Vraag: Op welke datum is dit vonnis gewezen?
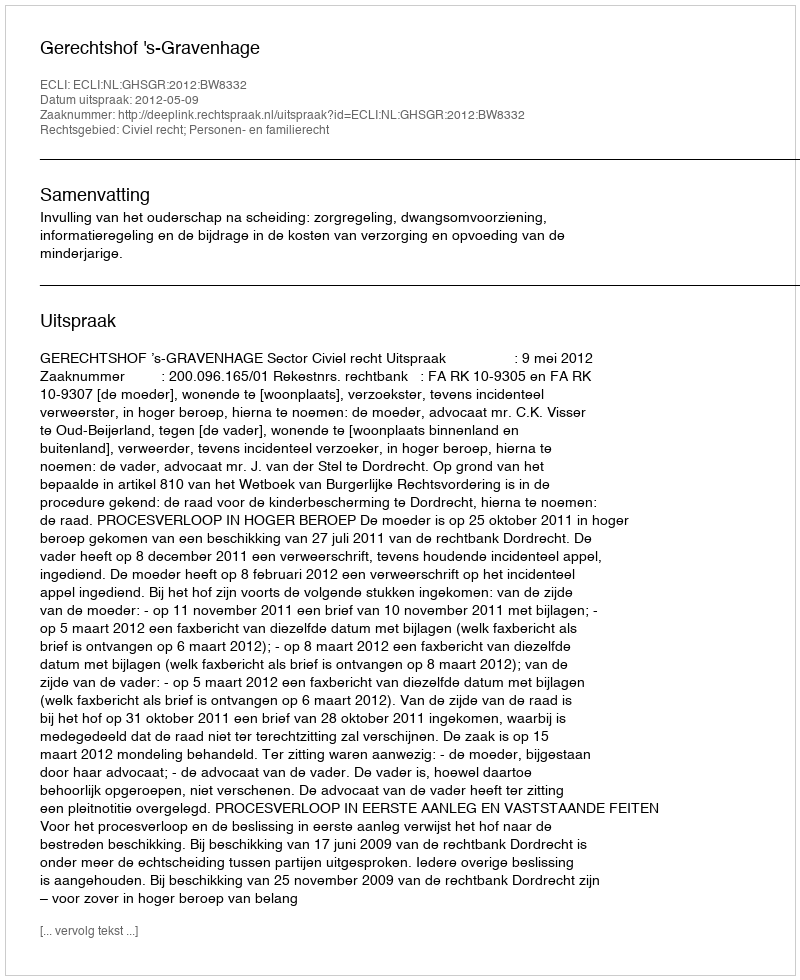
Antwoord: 2012-05-09